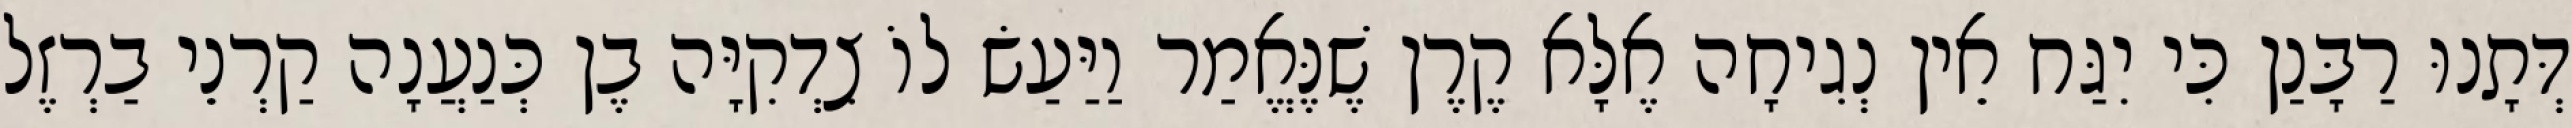
דְּתָנוּ רַבָּנַן כִּי יִגַּח אֵין נְגִיחָה אֶלָּא קֶרֶן שֶׁנֶּאֱמַר וַיַּעַשׂ לוֹ צִדְקִיָּה בֶן כְּנַעֲנָה קַרְנֵי בַרְזֶל